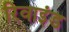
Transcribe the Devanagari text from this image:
रिवाइंड